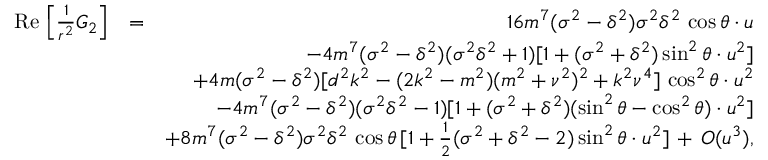
\begin{array} { r l r } { \mathrm { R e } \, \left[ \frac { 1 } { r ^ { 2 } } G _ { 2 } \right] } & { = } & { 1 6 m ^ { 7 } ( \sigma ^ { 2 } - \delta ^ { 2 } ) \sigma ^ { 2 } \delta ^ { 2 } \, \cos \theta \cdot u } \\ & { } & { - 4 m ^ { 7 } ( \sigma ^ { 2 } - \delta ^ { 2 } ) ( \sigma ^ { 2 } \delta ^ { 2 } + 1 ) [ 1 + ( \sigma ^ { 2 } + \delta ^ { 2 } ) \sin ^ { 2 } \theta \cdot u ^ { 2 } ] } \\ & { } & { + 4 m ( \sigma ^ { 2 } - \delta ^ { 2 } ) [ d ^ { 2 } k ^ { 2 } - ( 2 k ^ { 2 } - m ^ { 2 } ) ( m ^ { 2 } + \nu ^ { 2 } ) ^ { 2 } + k ^ { 2 } \nu ^ { 4 } ] \, \cos ^ { 2 } \theta \cdot u ^ { 2 } } \\ & { } & { - 4 m ^ { 7 } ( \sigma ^ { 2 } - \delta ^ { 2 } ) ( \sigma ^ { 2 } \delta ^ { 2 } - 1 ) [ 1 + ( \sigma ^ { 2 } + \delta ^ { 2 } ) ( \sin ^ { 2 } \theta - \cos ^ { 2 } \theta ) \cdot u ^ { 2 } ] } \\ & { } & { + 8 m ^ { 7 } ( \sigma ^ { 2 } - \delta ^ { 2 } ) \sigma ^ { 2 } \delta ^ { 2 } \, \cos \theta \, [ 1 + \frac { 1 } { 2 } ( \sigma ^ { 2 } + \delta ^ { 2 } - 2 ) \sin ^ { 2 } \theta \cdot u ^ { 2 } ] \, + \, { \cal O } ( u ^ { 3 } ) , } \end{array}